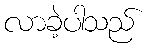
လာခဲ့ပါသည်